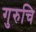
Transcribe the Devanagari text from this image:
गुरुचि